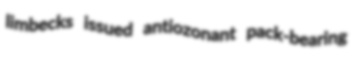
limbecks issued antiozonant pack-bearing